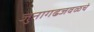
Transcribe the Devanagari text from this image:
जुनागढजवळचे